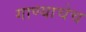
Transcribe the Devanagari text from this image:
गाण्याचेच